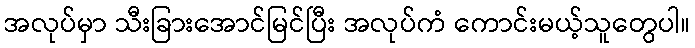
အလုပ်မှာ သီးခြားအောင်မြင်ပြီး အလုပ်ကံ ကောင်းမယ့်သူတွေပါ။